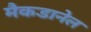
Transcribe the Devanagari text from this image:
मैकडानेल